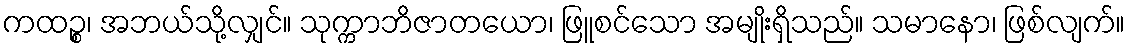
ကထဉ္စ၊ အဘယ်သို့လျှင်။ သုက္ကာဘိဇာတယော၊ ဖြူစင်သော အမျိုးရှိသည်။ သမာနော၊ ဖြစ်လျက်။